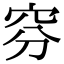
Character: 𥥄